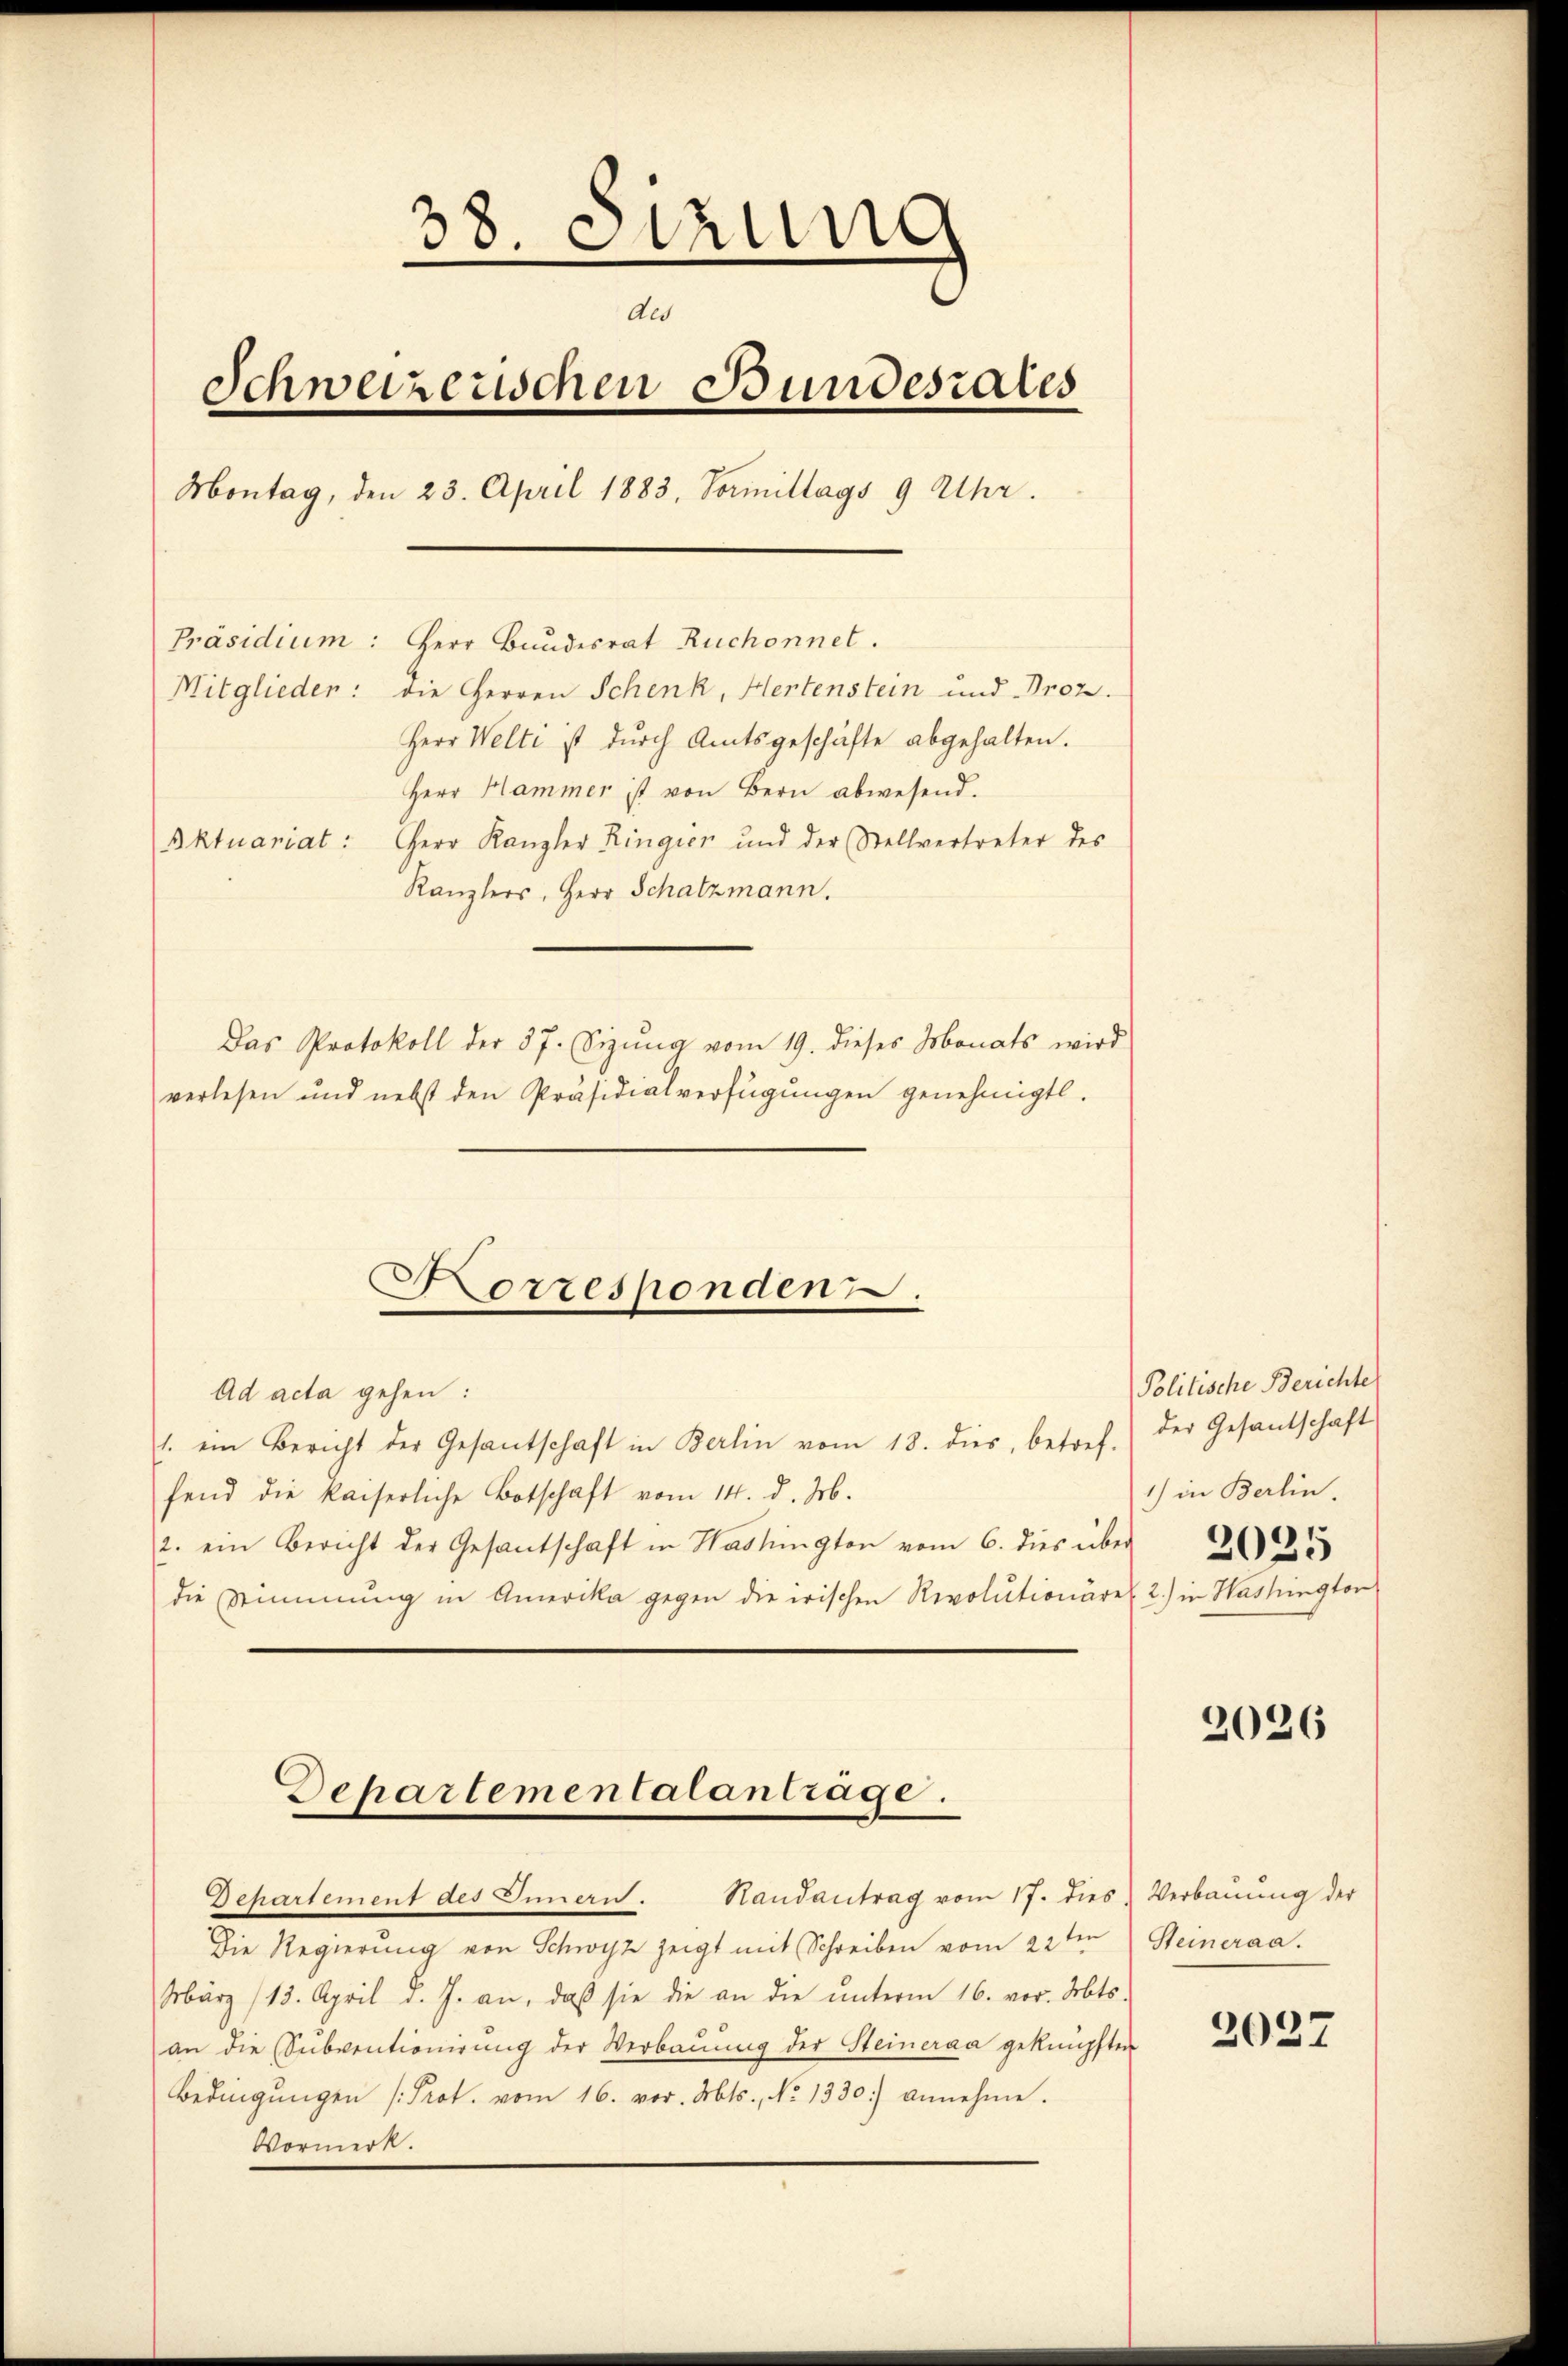
38. Sitzung
des
Schweizerischen Bundesrates
Montag, den 23. April 1883, Vormittags 9 Uhr.
Präsidium: Herr Bundesrat Ruchonnet.
Mitglieden: die Herren Schenk, Hertenstein und Proz.
Herr Welti ist durch Amtsgeschäfte abgehalten.
Herr Hammer ist von Bern abwesend.
Aktuariat: Herr Kanzler Ringier und der Stellvertreter des
Kanzlers, Herr Schatzmann.
Das Protokoll der 37. Seizŭng vom 19. dieses Monats wird
verlesen und nebst den Präsidialverfügungen genehmigt.

1. ein Bericht der Gesantschaft in Berlin vom 18. dies, betref-
fend die kaiserliche Botschaft vom 14. d. M.
2. ein Bericht der Gesantschaft in Washington vom 6. dies über 25
die Stimmung in Amerika gegen die irischen Revolutionäre. 2) in Washington

Corresponden.
Ad acta gehen:

Departementalantrage.
Departement des Innern. Handantrag vom 17. dies Verbaŭŭng der

Die Regierung von Schwyz zeigt mit Schreiben vom 22ten
März (13. April d. J. an, daß sie die an die unterm 16. vor. Mts.
an die (Subventionirung der Verbauung der Steineraa geknüpften
Bedingŭngen [Prot. vom 16. vor. Mts., No 1330) annehme.
Vormerk.

Politische Berichte
der Gesandschaft
1) in Berlin.

2026

Steineraa.

2027